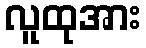
လူထုအား